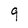
Character: 9